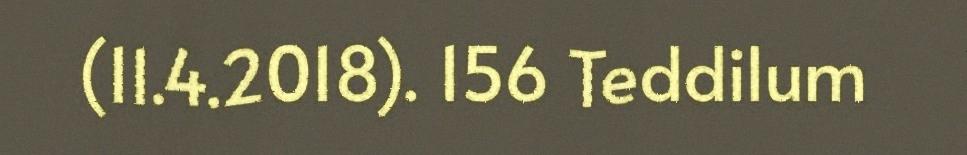
(11.4.2018). 156 Teddilum